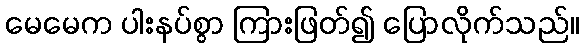
မေမေက ပါးနပ်စွာ ကြားဖြတ်၍ ပြောလိုက်သည်။